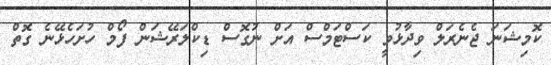
ކޮމިޝަނަ ޖެނެރަލް ވިދާޅުވީ ކަސްޓަމްސް އަށް ނުގޮސް ޑިކްލަރޭޝަން ފޯމް ހުށަހެޅޭނެ ގޮތް